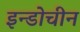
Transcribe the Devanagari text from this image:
इन्डोचीन